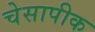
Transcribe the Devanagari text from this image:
चेसापीक